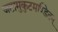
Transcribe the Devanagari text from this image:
जटामुकुटमण्डितम्‌